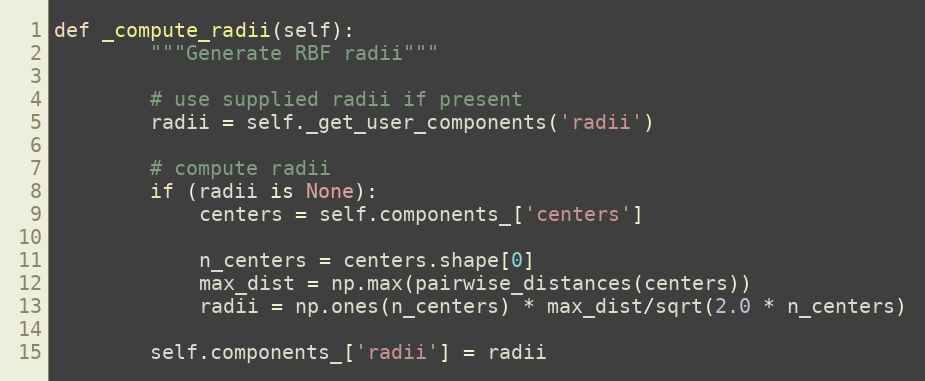
Language: Python
def _compute_radii(self):
        """Generate RBF radii"""

        # use supplied radii if present
        radii = self._get_user_components('radii')

        # compute radii
        if (radii is None):
            centers = self.components_['centers']

            n_centers = centers.shape[0]
            max_dist = np.max(pairwise_distances(centers))
            radii = np.ones(n_centers) * max_dist/sqrt(2.0 * n_centers)

        self.components_['radii'] = radii